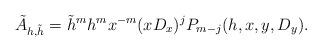
LaTeX: \begin{align*} \tilde A_{h,\tilde h}=\tilde h^m h^m x^{-m}(x D_x)^j P_{m-j}(h,x,y,D_y).\end{align*}